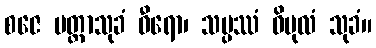
စဇေ မတ္တာသုခံ ဓီရော၊ သမ္ပဿံ ဝိပုလံ သုခံ။